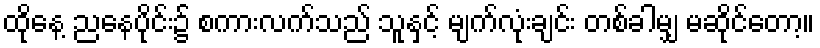
ထိုနေ့ ညနေပိုင်း၌ စကားလက်သည် သူနှင့် မျက်လုံးချင်း တစ်ခါမျှ မဆိုင်တော့။